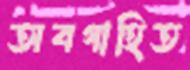
অবগাহিত